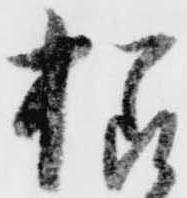
様